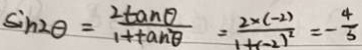
\sin 2 \theta = \frac { 2 \tan \theta } { 1 + \tan \theta } = \frac { 2 \times ( - 2 ) } { 1 + ( - 2 ) ^ { 2 } } = - \frac { 4 } { 5 }